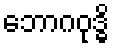
ဘောဂဝုဒ္ဓိ